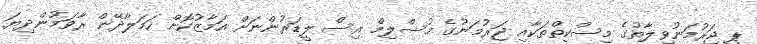
ޕީ ޖަރުމަނުވިލާތުގެ މިސްކިތްތަކާއި ޖަރުމަނުގެ މުސްލިމް އިސް ލީޑަރުންނަށް އަމާޒުކޮށް ހަމަލާދޭން ރާވަމުންދިޔަ